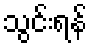
သွင်းရန်